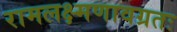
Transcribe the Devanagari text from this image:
रामलक्ष्मणावग्रतः